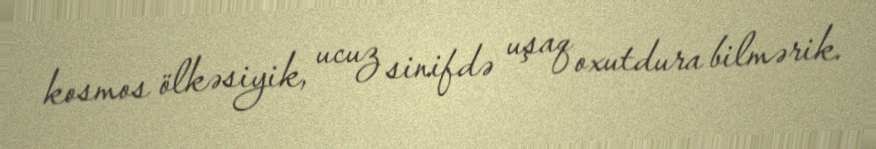
kosmos ölkəsiyik, ucuz sinifdə uşaq oxutdura bilmərik.